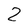
Character: 2